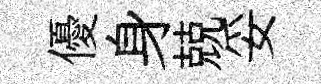
優身兢妥